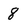
Character: 8